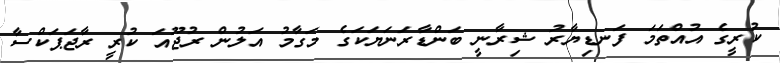
ކުރީގެ އުއްތަމަ ފަނޑިޔާރު ޝިރާނީ ބަންޑާރަނަޔަކަގެ މަގާމު އަލުން ރުޖޫއަ ކުރީ ރާޖަޕަކްސާ